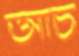
আচ